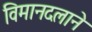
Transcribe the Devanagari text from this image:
विमानदलाने